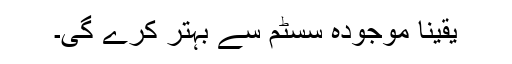
یقینا موجودہ سسٹم سے بہتر کرے گی۔